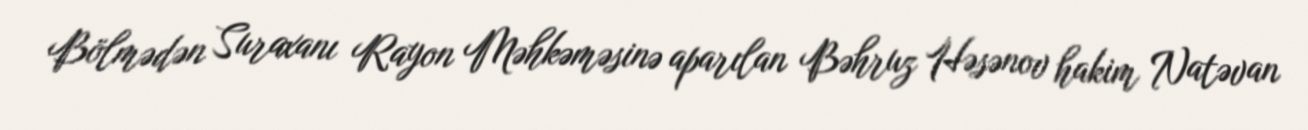
Bölmədən Suraxanı Rayon Məhkəməsinə aparılan Bəhruz Həsənov hakim Natəvan